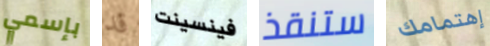
بإسمي قد فينسينت ستنقذ إهتمامك